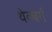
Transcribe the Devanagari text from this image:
थेल्बर्ग